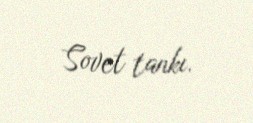
Sovet tankı.